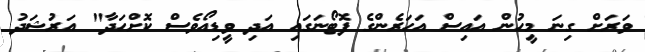
ވަރަށް ގިނަ މީހުން އައިސް އަހަރެންގެ ފޮޓޯނަގައި އަދި ވީޑިއޯވެސް ކޮށްހަދާ" އަރުޝަދު